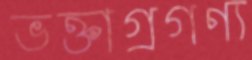
ভক্তাগ্রগণ্য